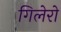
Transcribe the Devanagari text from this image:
गिलेरो